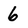
Character: 6